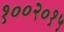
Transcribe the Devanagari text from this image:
१००२०१५